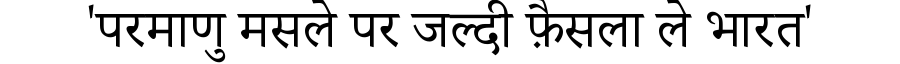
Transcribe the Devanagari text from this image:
'परमाणु मसले पर जल्दी फ़ैसला ले भारत'